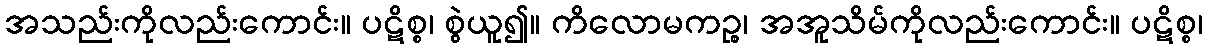
အသည်းကိုလည်းကောင်း။ ပဋိစ္စ၊ စွဲယူ၍။ ကိလောမကဉ္စ၊ အအူသိမ်ကိုလည်းကောင်း။ ပဋိစ္စ၊